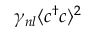
\gamma _ { n l } \langle c ^ { \dagger } c \rangle ^ { 2 }